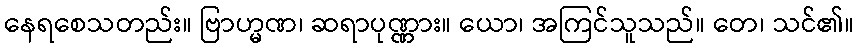
နေရစေသတည်း။ ဗြာဟ္မဏ၊ ဆရာပုဏ္ဏား။ ယော၊ အကြင်သူသည်။ တေ၊ သင်၏။